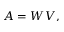
A = W V ,